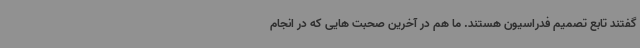
گفتند تابع تصمیم فدراسیون هستند. ما هم در آخرین صحبت هایی که در انجام